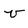
Character: v